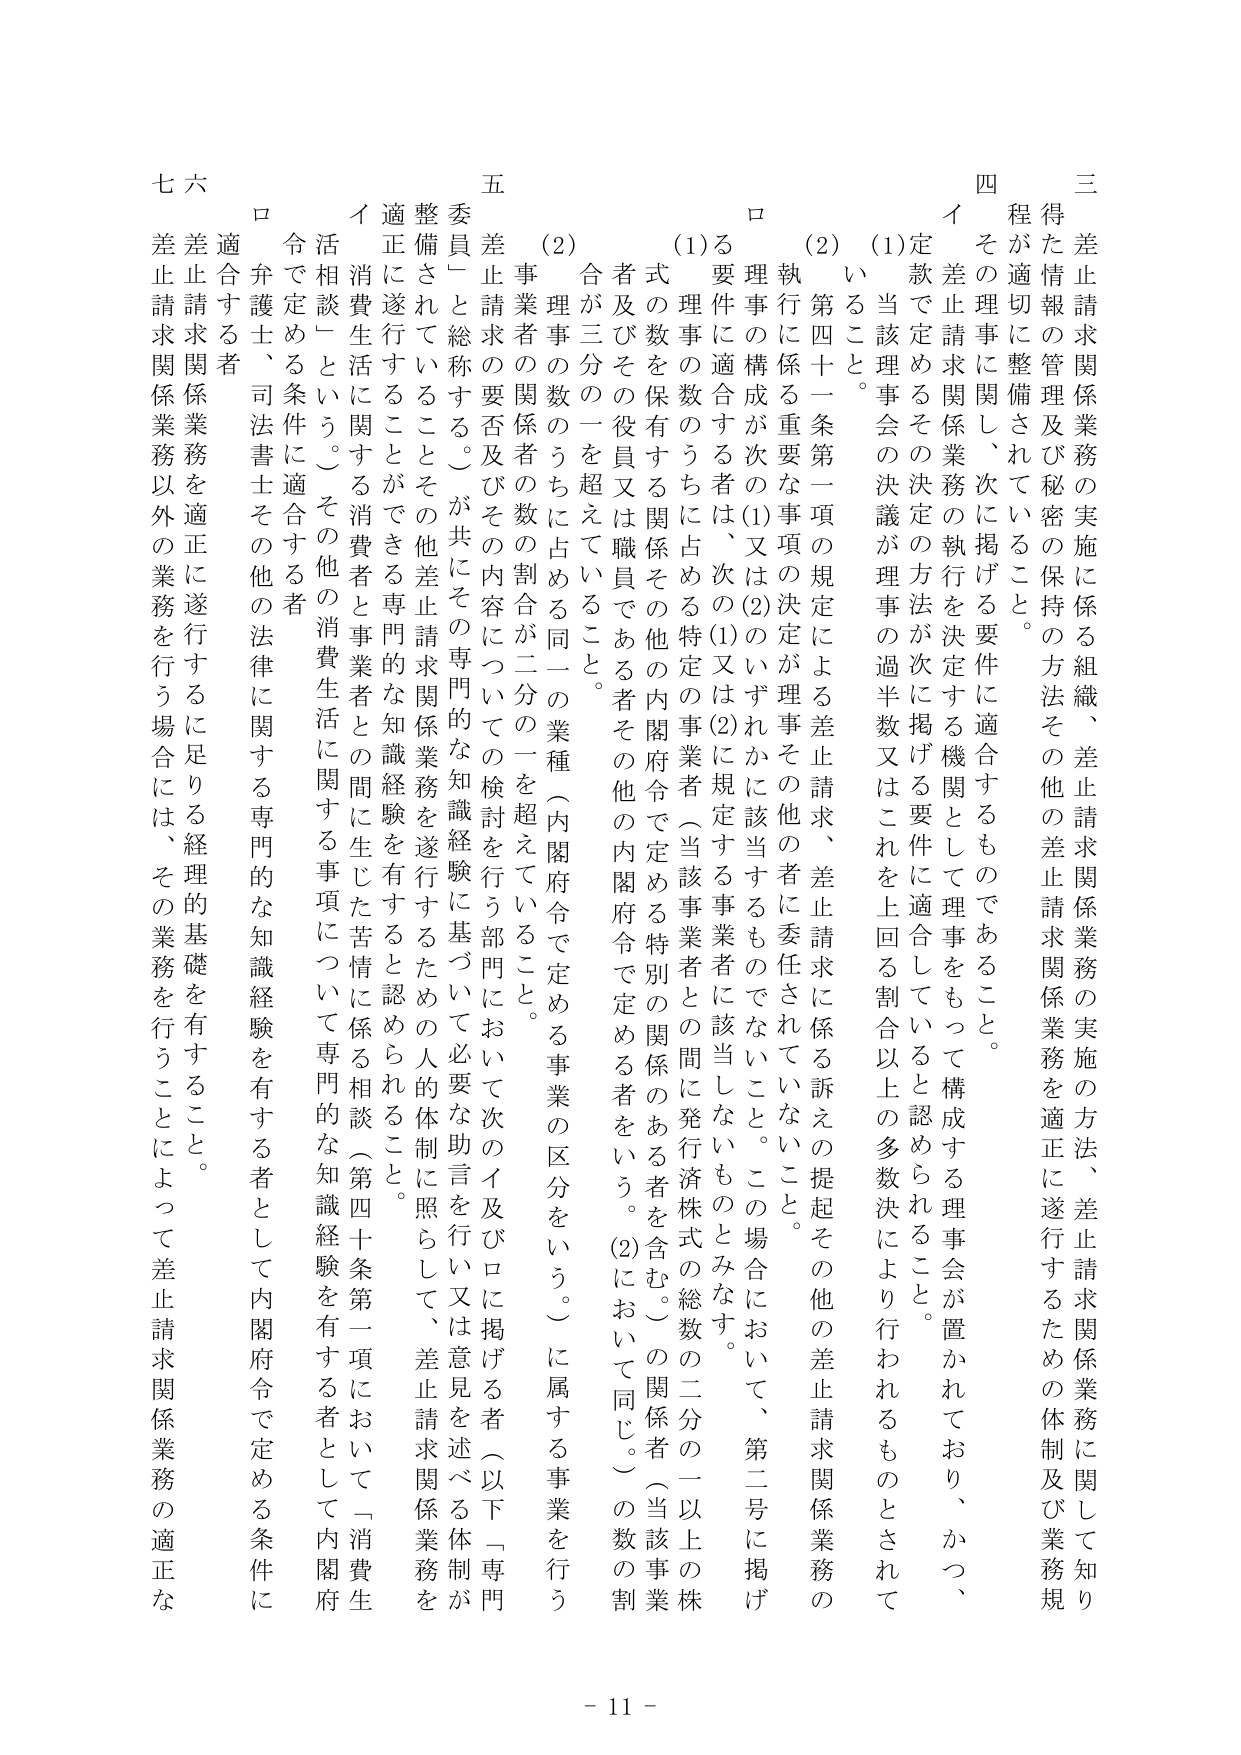
三
差止請求関係業務の実施に係る組織、差止請求関係業務の実施の方法、差止請求関係業務に関して知り得た情報の管理及び秘密の保持の方法その他差止請求関係業務を適正に遂行するための体制及び業務規程が適切に整備されていること。

四
イ その理事に関して、次に掲げる要件に適合するものであること。
　(1) 差止請求関係業務の執行を決定する機関として理事会が置かれており、かつ、定款で定めるその決定の方法が次に掲げる要件に適合していると認められること。
　　当該理事会の決議が理事の過半数又はこれを上回る割合以上の多数決により行われるものとされて
　　いること。
　(2) 第四十一条第一項の規定による差止請求、差止請求に係る訴えの提起その他の差止請求関係業務の
　　執行に係る重要な事項の決定が理事その他の者に委任されていないこと。
　ロ 理事の構成が次の(1)又は(2)のいずれかに該当するものでないこと。この場合において、第二号に掲げ
　　る要件に適合する者は、次の(1)又は(2)に規定する事業者に該当しないものとみなす。
　　(1) 理事の数のうちに占める特定の事業者（当該事業者との間に発行済株式の総数の二分の一以上の株
　　　式の数を保有する関係その他の内閣府令で定める特別の関係のある者を含む。）の関係者（当該事業
　　　者及びその役員又は職員である者その他の内閣府令で定める者をいう。(2)において同じ。）の数の割
　　　合が三分の一を超えていること。
　　(2) 理事の数のうちに占める同一の業種（内閣府令で定める事業の区分をいう。）に属する事業を行う
　　　事業者の関係者の数の割合が二分の一を超えていること。

五
差止請求の要否及びその内容についての検討を行う部門において次のイ及びロに掲げる者（以下「専門委員」と総称する。）が共にその専門的な知識経験に基づいて必要な助言を行い又は意見を述べる体制が整備されていることその他差止請求関係業務を遂行するための人的体制に照らして、差止請求関係業務を適正に遂行することができる専門的な知識経験を有すると認められること。
イ 消費生活に関する消費者と事業者との間に生じた苦情に係る相談（第四十条第一項において「消費生活相談」という。）その他の消費生活に関する事項について専門的な知識経験を有する者として内閣府令で定める条件に適合する者
ロ 弁護士、司法書士その他の法律に関する専門的な知識経験を有する者として内閣府令で定める条件に適合する者

六
差止請求関係業務を適正に遂行するに足りる経理的基礎を有すること。

七
差止請求関係業務以外の業務を行う場合には、その業務を行うことによって差止請求関係業務の適正な

- 11 -